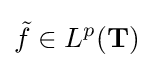
{\tilde {f}}\in L^{p}(\mathbf {T} )